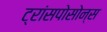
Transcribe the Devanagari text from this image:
ट्रांसपोसोन्स